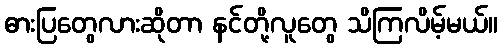
ဓားပြတွေလားဆိုတာ နင်တို့လူတွေ သိကြလိမ့်မယ်။